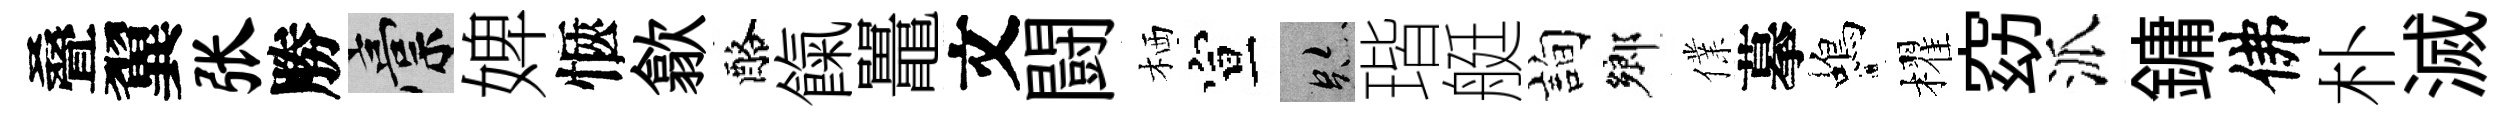
叠翼张勝稿婢愜歙酪餼鼉文闘栖宣跡瑎艇詢鄉㒒摹蝎櫂窈派鏞佛朴滅